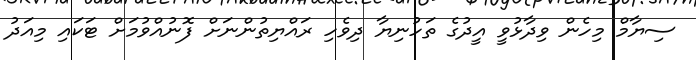
ސިޔާމް މިހެން ވިދާޅުވީ އީދުގެ ތަހުނިޔާ ދިވެހި ރައްޔިތުންނަށް ފޮނުއްވުމަށް ޓަކައި މިއަދު